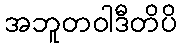
အဘူတဝါဒီတိပိ